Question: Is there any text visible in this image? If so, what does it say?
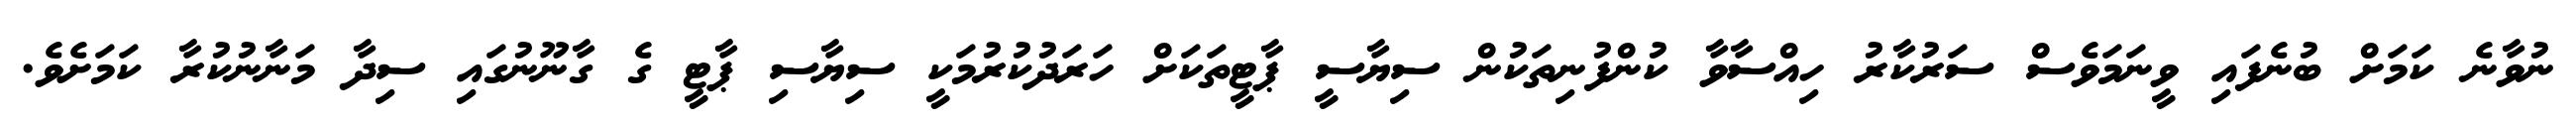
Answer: ނުވާނެ ކަމަށް ބުނެފައި ވީނަމަވެސް ސަރުކާރު ހިއްސާވާ ކުންފުނިތަކުން ސިޔާސީ ޕާޓީތަކަށް ހަރަދުކުރުމަކީ ސިޔާސި ޕާޓީ ގެ ގާނޫނުގައި ސިދާ މަނާނުކުރާ ކަމަށެވެ.